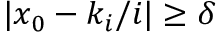
\quad | x _ { 0 } - k _ { i } / i | \geq \delta \quad